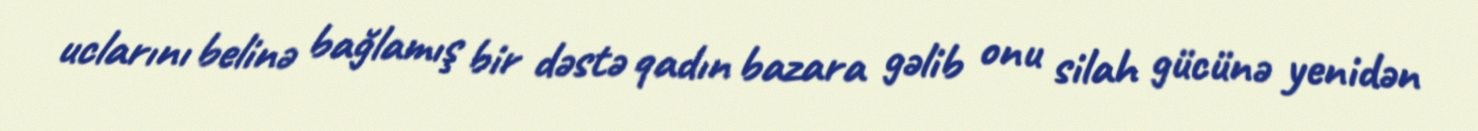
uclarını belinə bağlamış bir dəstə qadın bazara gəlib onu silah gücünə yenidən